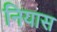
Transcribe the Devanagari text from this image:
नियास